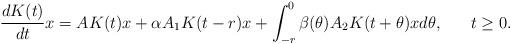
LaTeX: \begin{align*}\frac{dK(t)}{dt}x= AK(t)x + \alpha A_1K(t-r) x + \int^0_{-r} \beta(\theta)A_2K(t+\theta)xd\theta,\hskip 20pt t\ge 0.\end{align*}